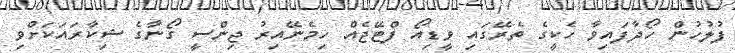
ފުލުހުން ހޯދާފައިވާ ހެކީގެ ތެރޭގައި ވީޑިއޯ ފްޓޭޖެއް ހިމެނޭއިރު ޖިންސީ ގޯނާގެ ޝިކާރައަކަށްވި